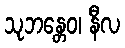
သုဘန္တေဝ၊ နီလ